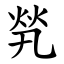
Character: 㷀